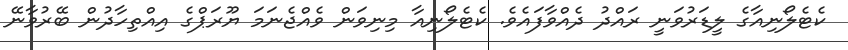
ކެޓެލޯނިއާގެ ލީޑަރުވަނީ ރައްދު ދެއްވާފައެވެ. ކެޓެލޯނިއާ މިނިވަން ވެއްޖެނަމަ ޔޫރަޕްގެ އިއްތިހާދުން ބޭރުވާނޭ